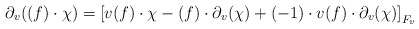
\begin{align*}\partial_v((f)\cdot\chi)=\left[v(f)\cdot\chi-(f)\cdot\partial_v(\chi)+(-1)\cdot v(f)\cdot\partial_v(\chi)\right]_{F_v}\end{align*}